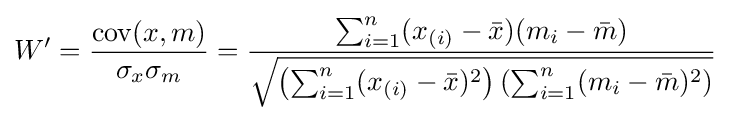
W'={\frac {\operatorname {cov} (x,m)}{\sigma _{x}\sigma _{m}}}={\frac {\sum _{i=1}^{n}(x_{(i)}-{\bar {x}})(m_{i}-{\bar {m}})}{\sqrt {\left(\sum _{i=1}^{n}(x_{(i)}-{\bar {x}})^{2}\right)\left(\sum _{i=1}^{n}(m_{i}-{\bar {m}})^{2}\right)}}}